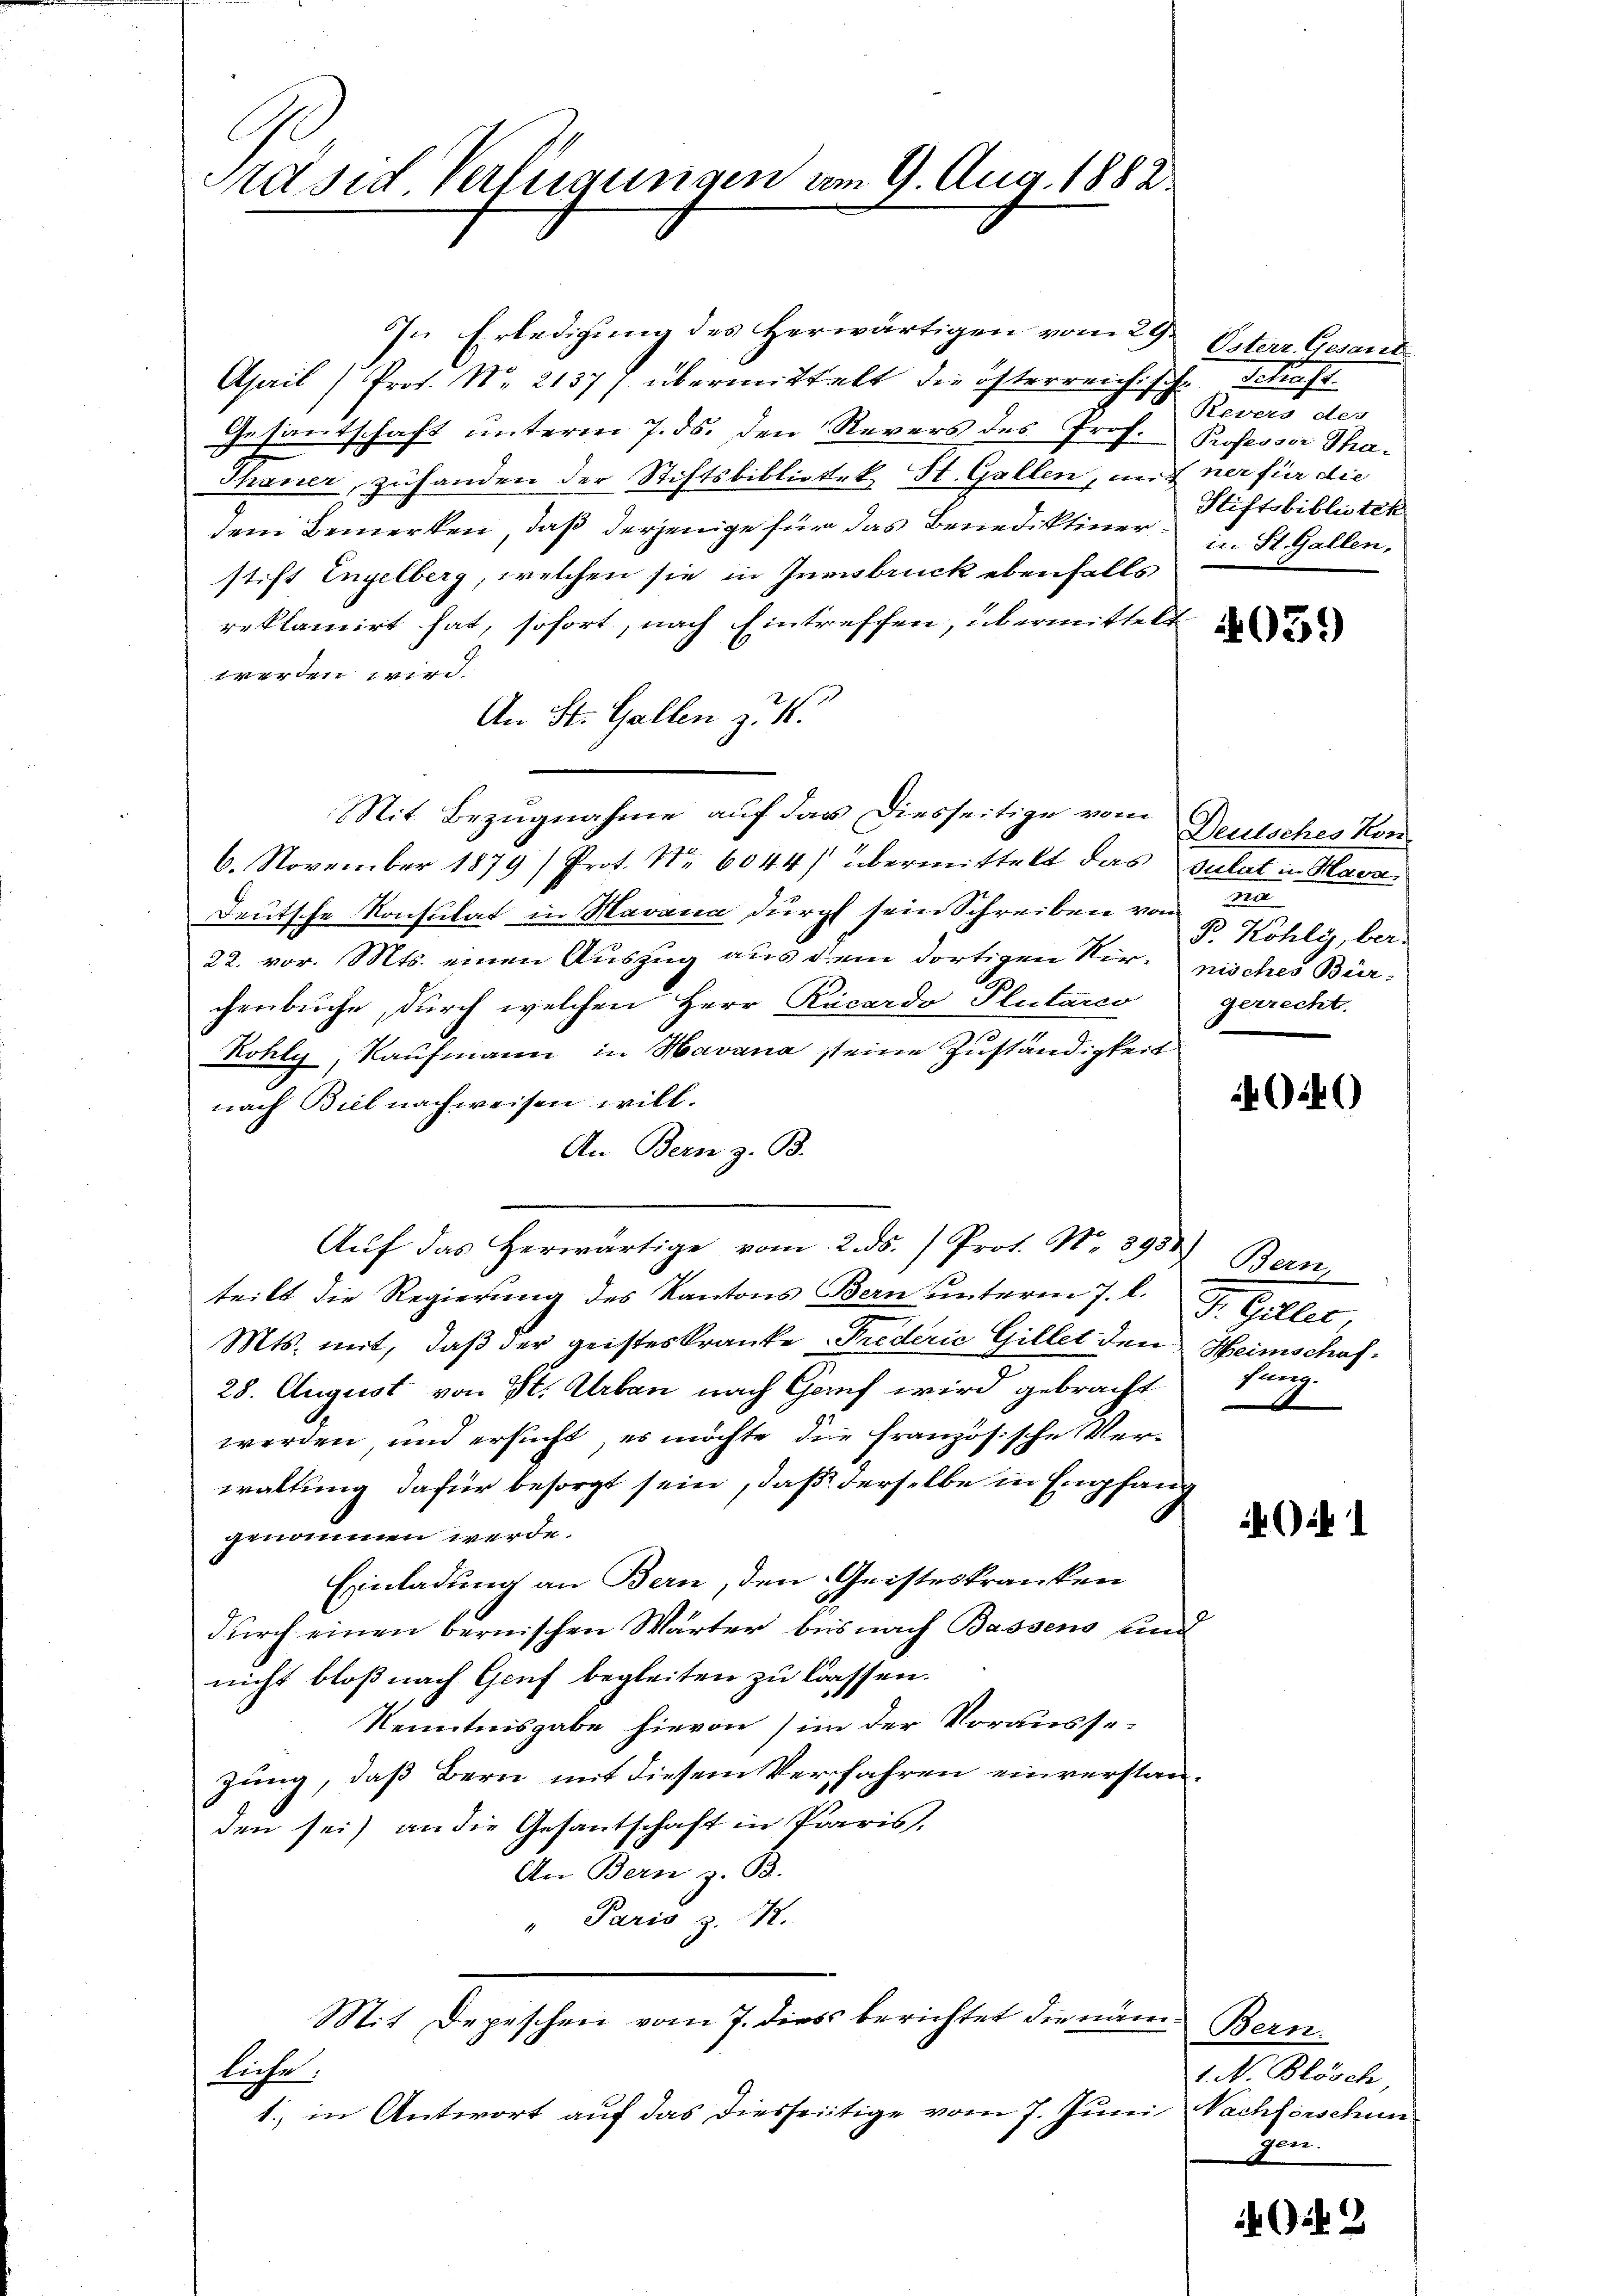
Präsid Verlegungen am 9. Aug. 1882.

In Erledigung des Herwärtigen vom 29. Osterr. Gesant.
April (Prof. N. 21377 übermittelt die österreichisch. Schaft
Gesantschaft unterm 7. ds. den Revers des Prof. Professor Tha¬
Thaner, zuhanden der Stiftsbibliotek St. Gallen, mit
dem Bemerken, daß derjenige für das Benediktiner Stiftsbibliotek
stift Engelberg, welchen sie in Innsbruck ebenfalls
reklamirt hat, sofort, nach Eintreffen, übermittels
werden wird.
An St. Gallen zu K
Mit Bezugnahme auf das Diesseitige vom Deutsches Kon¬
6. November 1879 / Prot. Nr. 6044) übermittelt das sulat in Hava
Deutsche Konsulat in Havana durch sein Schreiben von
22. vor. Mts. einen Auszug aus dem dortigen Nir- pisches Bürchenbuche, durch welchen Herr Rucardo Plutarco
Kohly, Kaufmann in Havana seine Zuständigkeit
nach Biel nachweisen will.
An Bern z. B.
Aŭf das herwärtige vom 2. ds. ) Prof. No. 3988
teilt die Regierŭng des Kantons Bern ŭnterm 7. d. J. Gillet,
Mts. mit, daß der geisteskranke Prederić Gillet den Heimschaf¬
28. August von St. Urban nach Genf wird gebracht fang-
werden, und ersucht, es möchte die französische Verwaltung dafür besorgt sein, daß derselbe in Empfang
genommen werde.
Einladung an Bern, den Geisteskranken
durch einen bernischen Wärter bis nach Bassens und
nicht bloß nach Genf begleiten zu lassen.
Kenntnisgabe hievon (im der Vorausse-
zung, daß Bern mit diesem Verfahren einverstanden sei) an die Gesantschaft in Paris.
An Bern z. B.
" Paris z. Z.
Mit Depeschen vom 7. dies berichtet die näm
liche,
1., in Antwort auf das diesseitige vom 7. Juni, Nachforschun

Revers des
ner für die
in St. Gallen.

4039)

na
B. Kohly, ber.
gerrecht.

46)

Bern
e

Bern.
1. N. Blösch,
gen.

G.2